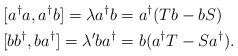
LaTeX: \begin{align*} [a^{\dagger}a,a^{\dagger}b] = \lambda a^{\dagger}b &= a^{\dagger}(Tb-bS) \\ [bb^{\dagger},ba^{\dagger}] = \lambda' ba^{\dagger} &= b(a^{\dagger}T-Sa^{\dagger}).\end{align*}